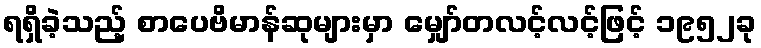
ရရှိခဲ့သည့် စာပေဗိမာန်ဆုများမှာ မျှော်တလင့်လင့်ဖြင့် ၁၉၅၂ခု